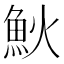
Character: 𩵰